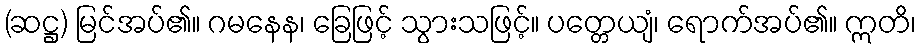
(ဆဋ္ဌ) မြင်အပ်၏။ ဂမနေန၊ ခြေဖြင့် သွားသဖြင့်။ ပတ္တေယျံ၊ ရောက်အပ်၏။ ဣတိ၊